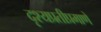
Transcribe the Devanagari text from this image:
दृश्यप्रतीप्रमाणे